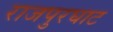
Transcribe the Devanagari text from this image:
राजपुरघाट